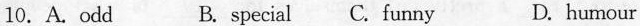
10. A. odd B. Special C. Funny D. Humour